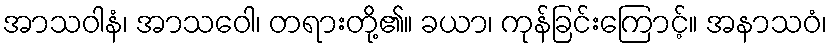
အာသဝါနံ၊ အာသဝေါ၊ တရားတို့၏။ ခယာ၊ ကုန်ခြင်းကြောင့်။ အနာသဝံ၊